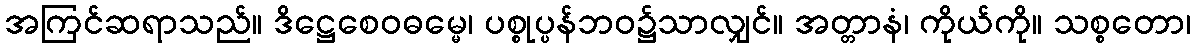
အကြင်ဆရာသည်။ ဒိဋ္ဌေစေဝဓမ္မေ၊ ပစ္စုပ္ပန်ဘဝ၌သာလျှင်။ အတ္တာနံ၊ ကိုယ်ကို။ သစ္စတော၊